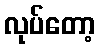
လုပ်တော့